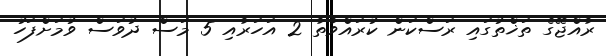
ރާއްޖޭގެ ތަޚްތުގައި ރަސްކަން ކުރައްވާތާ 2 އަހަރާއި 5 މަސް ދުވަސް ވުމަށްފަހު